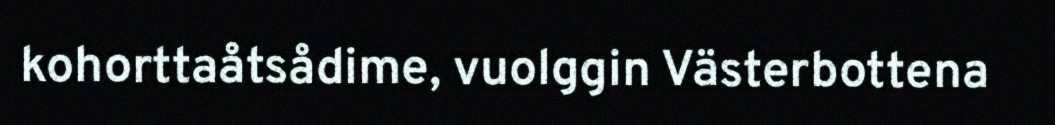
kohorttaåtsådime, vuolggin Västerbottena